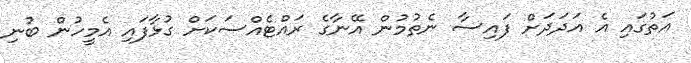
އަތުގައި އެ އަދަދަށް ފައިސާ ނެތުމުން އޭނާގެ ރައްޓެއްސަކަށް ގުޅާފައި އެމީހުން ބުނި